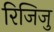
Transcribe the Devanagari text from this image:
रिजिजु